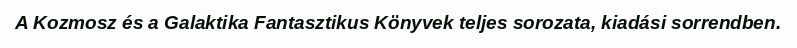
A Kozmosz és a Galaktika Fantasztikus Könyvek teljes sorozata, kiadási sorrendben.